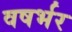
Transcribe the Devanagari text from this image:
वषर्भर